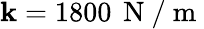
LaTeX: \mathbf{k}=1800\, \mathrm{{~N~}}/\mathrm{{~m~}}